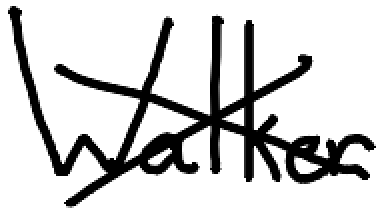
Text: Walker
Cross-out: cross
Writing tool: digital_black